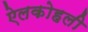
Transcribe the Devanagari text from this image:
ऐलकोहली